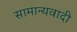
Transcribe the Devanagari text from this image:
सामान्यवादी